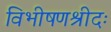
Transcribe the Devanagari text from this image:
विभीषणश्रीदः